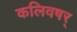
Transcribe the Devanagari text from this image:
कलिवषर्